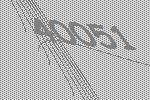
40051